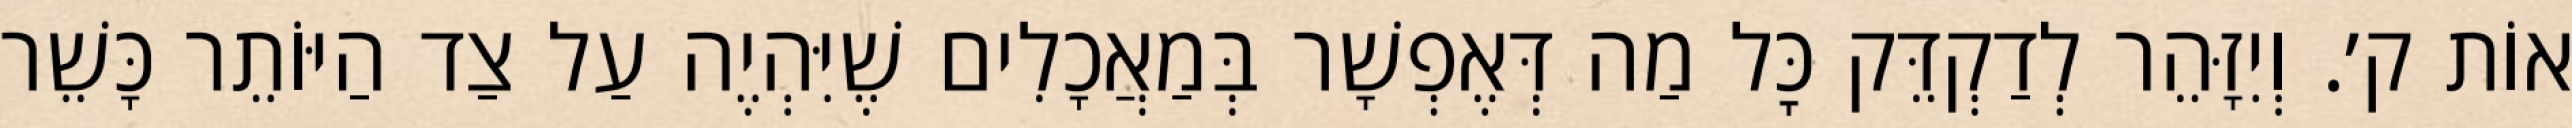
אוֹת ק׳. וְיִזָּהֵר לְדַקְדֵּק כׇּל מַה דְּאֶפְשָׁר בְּמַאֲכָלִים שֶׁיִּהְיֶה עַל צַד הַיּוֹתֵר כָּשֵׁר